Indian journal of veterinary science and animal husbandry - Volumes 18-21, 1948-1951
Year: 1948
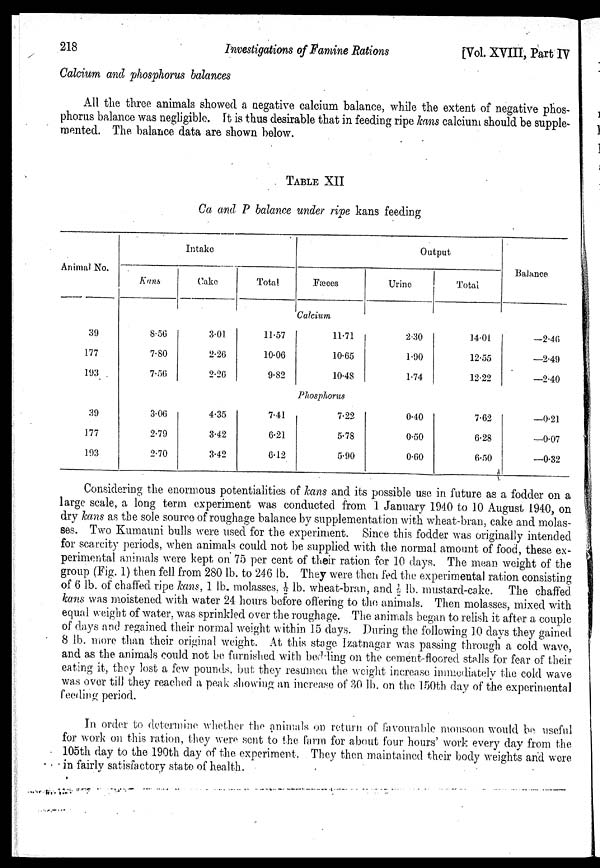
218
Investigations of Famine Rations
[Vol. XVIII, Part IV
Calcium and phosphorus balances
All the three animals showed a negative calcium balance, while the extent of negative phos-
phorus balance was negligible. It is thus desirable that in feeding ripe kans calcium should be supple-
mented. The balance data are shown below.
TABLE XII
Ca and P balance under ripe kans feeding
Animal No.
39
177
193
39
177
193
Kans
8.56
7.80
7.56
3.06
2.79
2.70
Intake
Cake
3.01
2.26
2.26
4.35
3.42
3.42
Total
11.57
10.06
9.82
7.41
6.21
6.12
Fæces
Calcium
11.71
10.65
10.48
Phosphorus
7.22
5.78
5.90
Output
Urine
2.30
1.90
1.74
0.40
0.50
0.60
Total
14.01
12.55
12.22
7.62
6.28
6.50
Balance
—2.46
—2.49
—2.40
—0.21
—0.07
—0.32
Considering the enormous potentialities of kans and its possible use in future as a fodder on a
large scale, a long term experiment was conducted from 1 January 1940 to 10 August 1940, on
dry kans as the sole source of roughage balance by supplementation with wheat-bran, cake and molas-
ses. Two Kumauni bulls were used for the experiment. Since this fodder was originally intended
for scarcity periods, when animals could not be supplied with the normal amount of food, these ex-
perimental animals were kept on 75 per cent of their ration for 10 days. The mean weight of the
group (Fig. 1) then fell from 280 lb. to 246 lb. They were then fed the experimental ration consisting
of 6 lb. of chaffed ripe kans, 1 lb. molasses, ½ lb. wheat-bran, and ½ lb. mustard-cake. The chaffed
kans was moistened with water 24 hours before offering to the animals. Then molasses, mixed with
equal weight of water, was sprinkled over the roughage. The animals began to relish it after a couple
of days and regained their normal weight within 15 days. During the following 10 days they gained
8 lb. more than their original weight. At this stage Izatnagar was passing through a cold wave,
and as the animals could not be furnished with bedding on the cement-floored stalls for fear of their
eating it, they lost a few pounds, but they resumed the weight increase immediately the cold wave
was over till they reached a peak showing an increase of 30 lb. on the 150th day of the experimental
feeding period.
In order to determine whether the animals on return of favourable monsoon would be useful
for work on this ration, they were sent to the farm for about four hours' work every day from the
105th day to the 190th day of the experiment. They then maintained their body weights and were
in fairly satisfactory state of health.